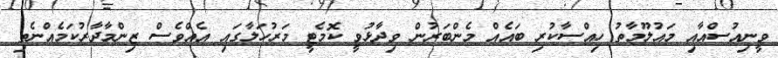
ވީނިއުސްއާއި މައުލޫމާތު ހިއްސާކުރި ބައެއް މެންބަރުން ވިދާޅުވީ ކޮމެޓީ މަރުހަލާގައި އެއްވެސް ޒިންމާދާރުކަމެއްނެތި